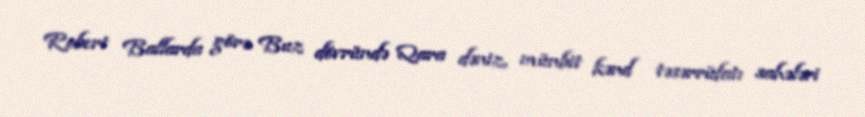
Robert Ballarda görə Buz dövründə Qara dəniz, münbit kənd təsərrüfatı sahələri